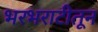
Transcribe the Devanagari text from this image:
भरभराटीतून